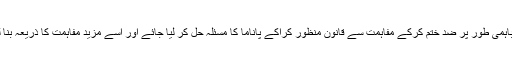
اس لئے باہمی طور پر ضد ختم کرکے مفاہمت سے قانون منظور کراکے پاناما کا مسئلہ حل کر لیا جائے اور اسے مزید مفاہمت کا ذریعہ بنا لیا جائے۔